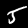
Label: 5